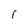
Character: 1